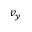
v _ { y }